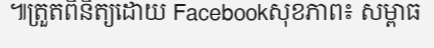
៕ត្រួតពិនិត្យដោយ Facebookសុខភាព៖ សម្ពាធ